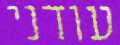
עודני